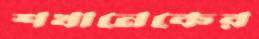
শখানেকের